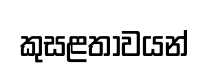
කුසළතාවයන්